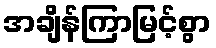
အချိန်ကြာမြင့်စွာ